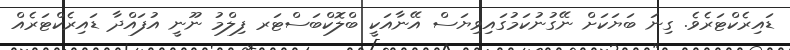
ޑައިރެކްޓަރެވެ. ގިނަ ބަޔަކަށް ނޭގުނުކަމުގައިވިޔަސް އޭނާއަކީ ބްލޮކްބަސްޓަރ ފިލްމު ނޫނީ އުފައްދާ ޑައިރެކްޓަރެއް